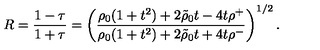
R = { \frac { 1 - \tau } { 1 + \tau } } = \left( { \frac { \rho _ { 0 } ( 1 + t ^ { 2 } ) + 2 \tilde { \rho } _ { 0 } t - 4 t \rho ^ { + } } { \rho _ { 0 } ( 1 + t ^ { 2 } ) + 2 \tilde { \rho } _ { 0 } t + 4 t \rho ^ { - } } } \right) ^ { 1 / 2 } .